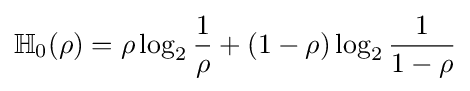
\mathbb {H} _{0}(\rho )=\rho \log _{2}{\frac {1}{\rho }}+(1-\rho )\log _{2}{\frac {1}{1-\rho }}